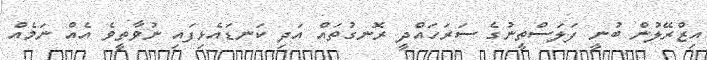
އިޒްރޭލުން ބުނީ ފަލަސްތީނުގެ ސަރަހައްދީ ރޮނގުތައް އަދި ކަނޑައެޅިފައި ނުވާތީވެ އެއް ނަމެއް